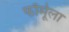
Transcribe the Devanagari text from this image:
फाॅर्मूला